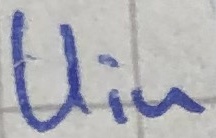
Text: Uin